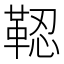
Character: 𩊫